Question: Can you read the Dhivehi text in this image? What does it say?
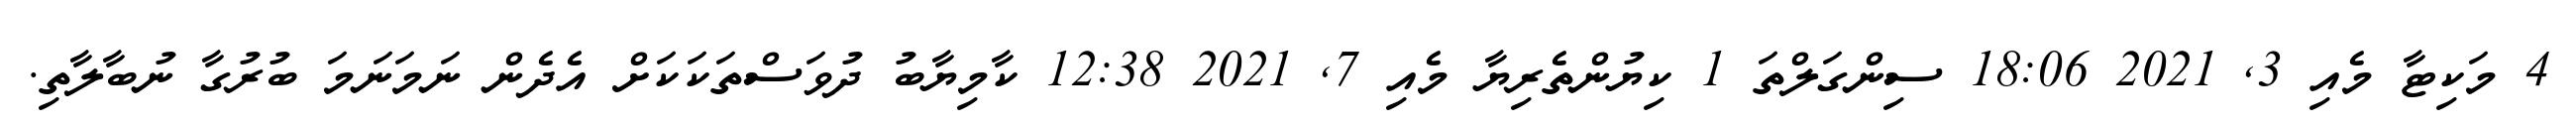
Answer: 4 މަކިޓާ މެއި 3, 2021 18:06 ސިންގަލްތަ 1 ކިޔުންތެރިޔާ މެއި 7, 2021 12:38 ކާމިޔާބު ދުވަސްތަކަކަށް އެދެން ނަމަނަމަ ބުރުގާ ނުބާލާތި.